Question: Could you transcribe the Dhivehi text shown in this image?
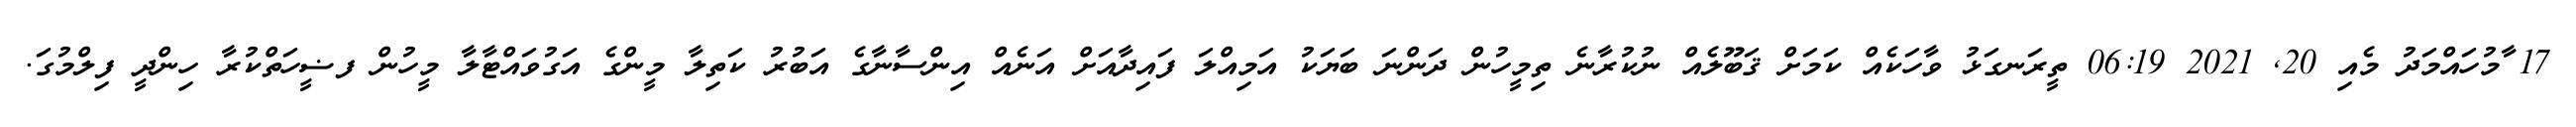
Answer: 17 ާމުހައްމަދު މެއި 20, 2021 06:19 ތީރަނގަޅު ވާހަކެއް ކަމަށް ޤަބޫލެއް ނުކުރާނެ ތިމީހުން ދަންނަ ބަޔަކު އަމިއްލަ ފައިދާއަށް އަނެއް އިންސާނާގެ އަބުރު ކަތިލާ މީންގެ އަގުވައްޓާލާ މީހުން ފޟީހަތްކުރާ ހިންދީ ފިލްމުގަ.